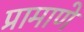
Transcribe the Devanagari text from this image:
प्रामाणे